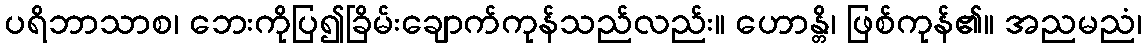
ပရိဘာသာစ၊ ဘေးကိုပြ၍ခြိမ်းချောက်ကုန်သည်လည်း။ ဟောန္တိ၊ ဖြစ်ကုန်၏။ အညမညံ၊